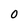
Character: 0